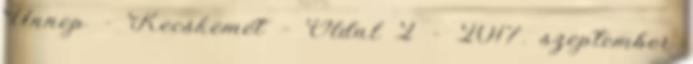
Ünnep – Kecskemét – Oldal 2 – 2017. szeptember